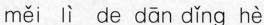
měi lì de dān dǐng hè